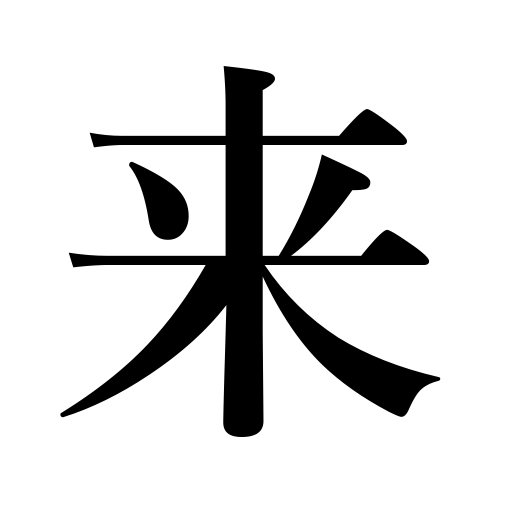
Meanings: forthcoming,arrive,derive from,be caused by,for ten days,call on,set in,come from,next year,come to hand,grow,get,approach,be due to,cause,produce,next,come,bring about,since last month,be due,become,come on rain